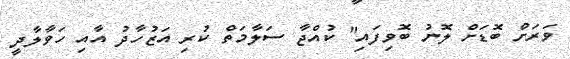
ވަރަށް ބޮޑަށް ލޮނު ބޮވިފައި" ކުއްޖާ ސަލާމަތް ކުރި އަޒުހާދު އާއި ހަވާލާދީ